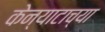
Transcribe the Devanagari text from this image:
केन्याटाच्या